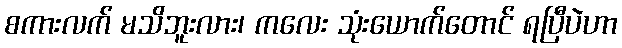
စကားလက် မသိဘူးလား၊ ကလေး သုံးယောက်တောင် ရပြီပဲဟာ